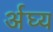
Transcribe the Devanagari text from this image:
र्अघ्य